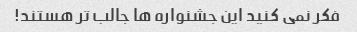
فکر نمی کنید این جشنواره ها جالب تر هستند!